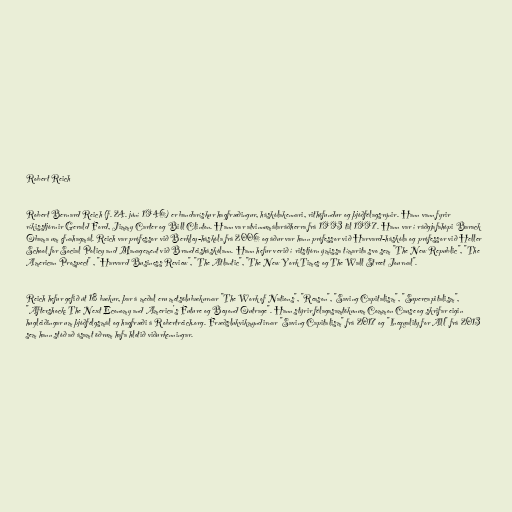
Robert Reich

Robert Bernard Reich (f. 24. júní 1946) er bandarískur hagfræðingur, háskólakennari, rithöfundur og þjóðfélagsrýnir. Hann vann fyrir
ríkisstjórnir Gerald Ford, Jimmy Carter og Bill Clinton. Hann var atvinnumálaráðherra frá 1993 til 1997. Hann var í ráðgjafahópi Barack
Obama um efnahagmál. Reich var prófessor við Berkley-háskóla frá 2006 og áður var hann prófessor við Harvard-háskóla og prófessor við Heller
School for Social Policy and Management við Brandeisháskólann. Hann hefur verið í ritstjórn ýmissa tímarita svo sem "The New Republic", "The
American Prospect" , "Harvard Business Review", "The Atlantic", "The New York Times og The Wall Street Journal".

Reich hefur gefið út 18 bækur, þar á meðal eru metsölubækurnar "The Work of Nations", "Reason", "Saving Capitalism", "Supercapitalism",
"Aftershock: The Next Economy and America's Future og Beyond Outrage". Hann stýrir félagasamtökunum Common Cause og skrifar eigin
hugleiðingar um þjóðfélgsmál og hagfræði á Robertreich.org. Fræðslukvikmyndirnar "Saving Capitalism" frá 2017 og "Inequality for All" frá 2013
sem hann stóð að ásamt öðrum hafa hlotið viðurkenningar.